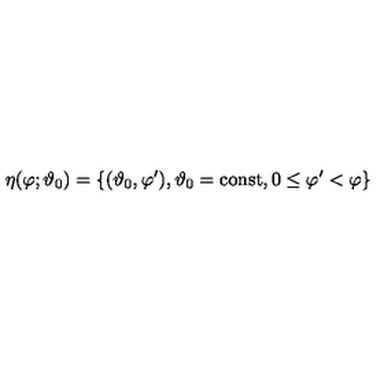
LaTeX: \eta ( \varphi ; \vartheta _ { 0 } ) = \{ ( \vartheta _ { 0 } , \varphi ^ { \prime } ) , \vartheta _ { 0 } = \mathrm { c o n s t } , 0 \leq \varphi ^ { \prime } < \varphi \}